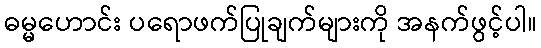
ဓမ္မဟောင်း ပရောဖက်ပြုချက်များကို အနက်ဖွင့်ပါ။